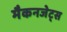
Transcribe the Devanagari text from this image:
मैकनजेट्स